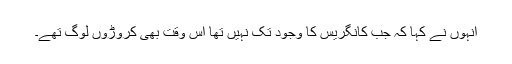
انہوں نے کہا کہ جب کانگریس کا وجود تک نہیں تھا اس وقت بھی کروڑوں لوگ تھے۔